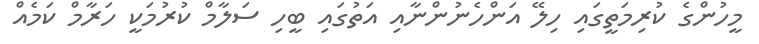
މީހުންގެ ކުރިމަތީގައި ހިލޭ އަންހެނުންނާއި އަތުގައި ބީހި ސަލާމް ކުރުމަކީ ހަރާމް ކަމެއް